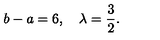
b - a = 6 , \quad \lambda = \frac { 3 } { 2 } .